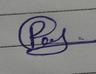
Signature authenticity: forged